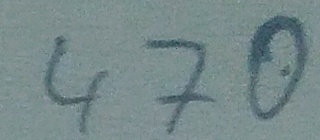
Text: 470